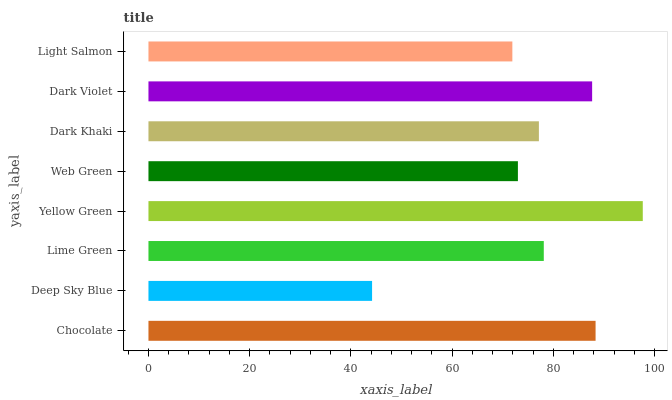
| yaxis_label | bars |
 | --- | --- |
 | Chocolate | 88.4 |
 | Deep Sky Blue | 44.2 |
 | Lime Green | 78.1 |
 | Yellow Green | 97.7 |
 | Web Green | 73 |
 | Dark Khaki | 77.2 |
 | Dark Violet | 87.7 |
 | Light Salmon | 71.9 |